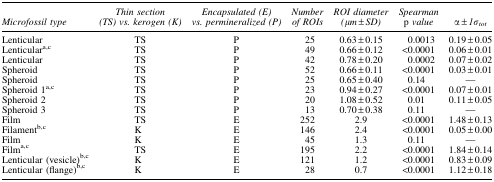
| Microfossil type | Thin section (TS) vs. kerogen (K) | Encapsulated (E) vs. permineralized (P) | Number of ROIs | ROI diameter (μm ± SD) | Spearman p value | α ± 1σtot |
 | --- | --- | --- | --- | --- | --- | --- |
 | Lenticular | TS | P | 25 | 0.63 ± 0.15 | 0.0013 | 0.19 ± 0.05 |
 | Lenticulara,c | TS | P | 49 | 0.66 ± 0.12 | <0.0001 | 0.06 ± 0.01 |
 | Lenticular | TS | P | 42 | 0.78 ± 0.20 | 0.0002 | 0.07 ± 0.02 |
 | Spheroid | TS | P | 52 | 0.66 ± 0.11 | <0.0001 | 0.03 ± 0.01 |
 | Spheroid | TS | P | 25 | 0.65 ± 0.40 | 0.14 | — |
 | Spheroid 1a,c | TS | P | 23 | 0.94 ± 0.27 | <0.0001 | 0.07 ± 0.01 |
 | Spheroid 2 | TS | P | 20 | 1.08 ± 0.52 | 0.01 | 0.11 ± 0.05 |
 | Spheroid 3 | TS | P | 13 | 0.70 ± 0.38 | 0.11 | — |
 | Film | TS | E | 252 | 2.9 | <0.0001 | 1.48 ± 0.13 |
 | Filamentb,c | K | E | 146 | 2.4 | <0.0001 | 0.05 ± 0.00 |
 | Film | K | E | 45 | 1.3 | 0.11 | — |
 | Filma,c | TS | E | 195 | 2.2 | <0.0001 | 1.84 ± 0.14 |
 | Lenticular (vesicle)b,c | K | E | 121 | 1.2 | <0.0001 | 0.83 ± 0.09 |
 | Lenticular (flange)b,c | K | E | 28 | 0.7 | <0.0001 | 1.12 ± 0.18 |